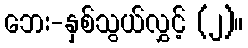
ဘေး-နှစ်သွယ်လွှင့် (၂)။